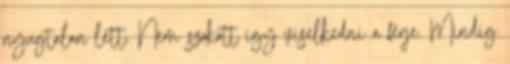
nyugtalan lett. Nem szokott így viselkedni a férje. Mindig